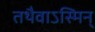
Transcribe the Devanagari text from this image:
तथैवाऽस्मिन्